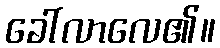
ခေါ်လာလေ၏။